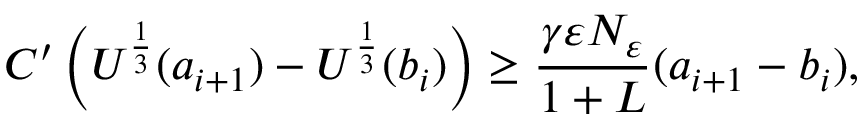
C ^ { \prime } \left( U ^ { \frac { 1 } { 3 } } ( a _ { i + 1 } ) - U ^ { \frac { 1 } { 3 } } ( b _ { i } ) \right) \geq \frac { \gamma \varepsilon N _ { \varepsilon } } { 1 + L } ( a _ { i + 1 } - b _ { i } ) ,